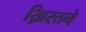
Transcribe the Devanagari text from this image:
ख्रिस्तने